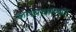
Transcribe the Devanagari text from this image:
रूपबंधाच्या